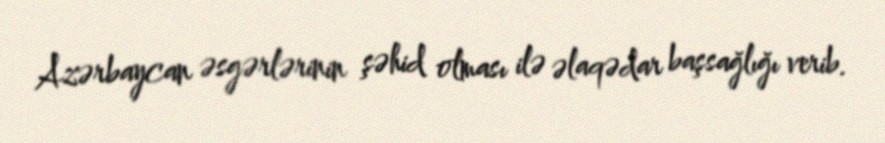
Azərbaycan əsgərlərinin şəhid olması ilə əlaqədar başsağlığı verib.